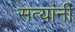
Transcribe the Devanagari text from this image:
सत्यांनी